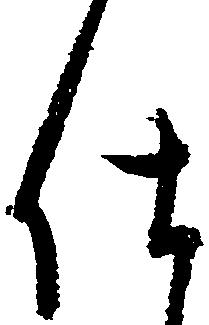
仕